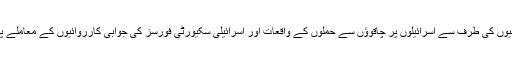
اس ملاقات میں فلسطینیوں کی طرف سے اسرائیلوں پر چاقوؤں سے حملوں کے واقعات اور اسرائیلی سکیورٹی فورسز کی جوابی کارروائیوں کے معاملے پر بھی بات چیت ہوئی۔